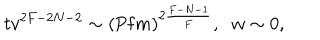
t v ^ { 2 F - 2 N - 2 } \sim \left( \mathrm { P f } m \right) ^ { 2 \frac { F - N - 1 } { F } } , \; \; w \sim 0 ,